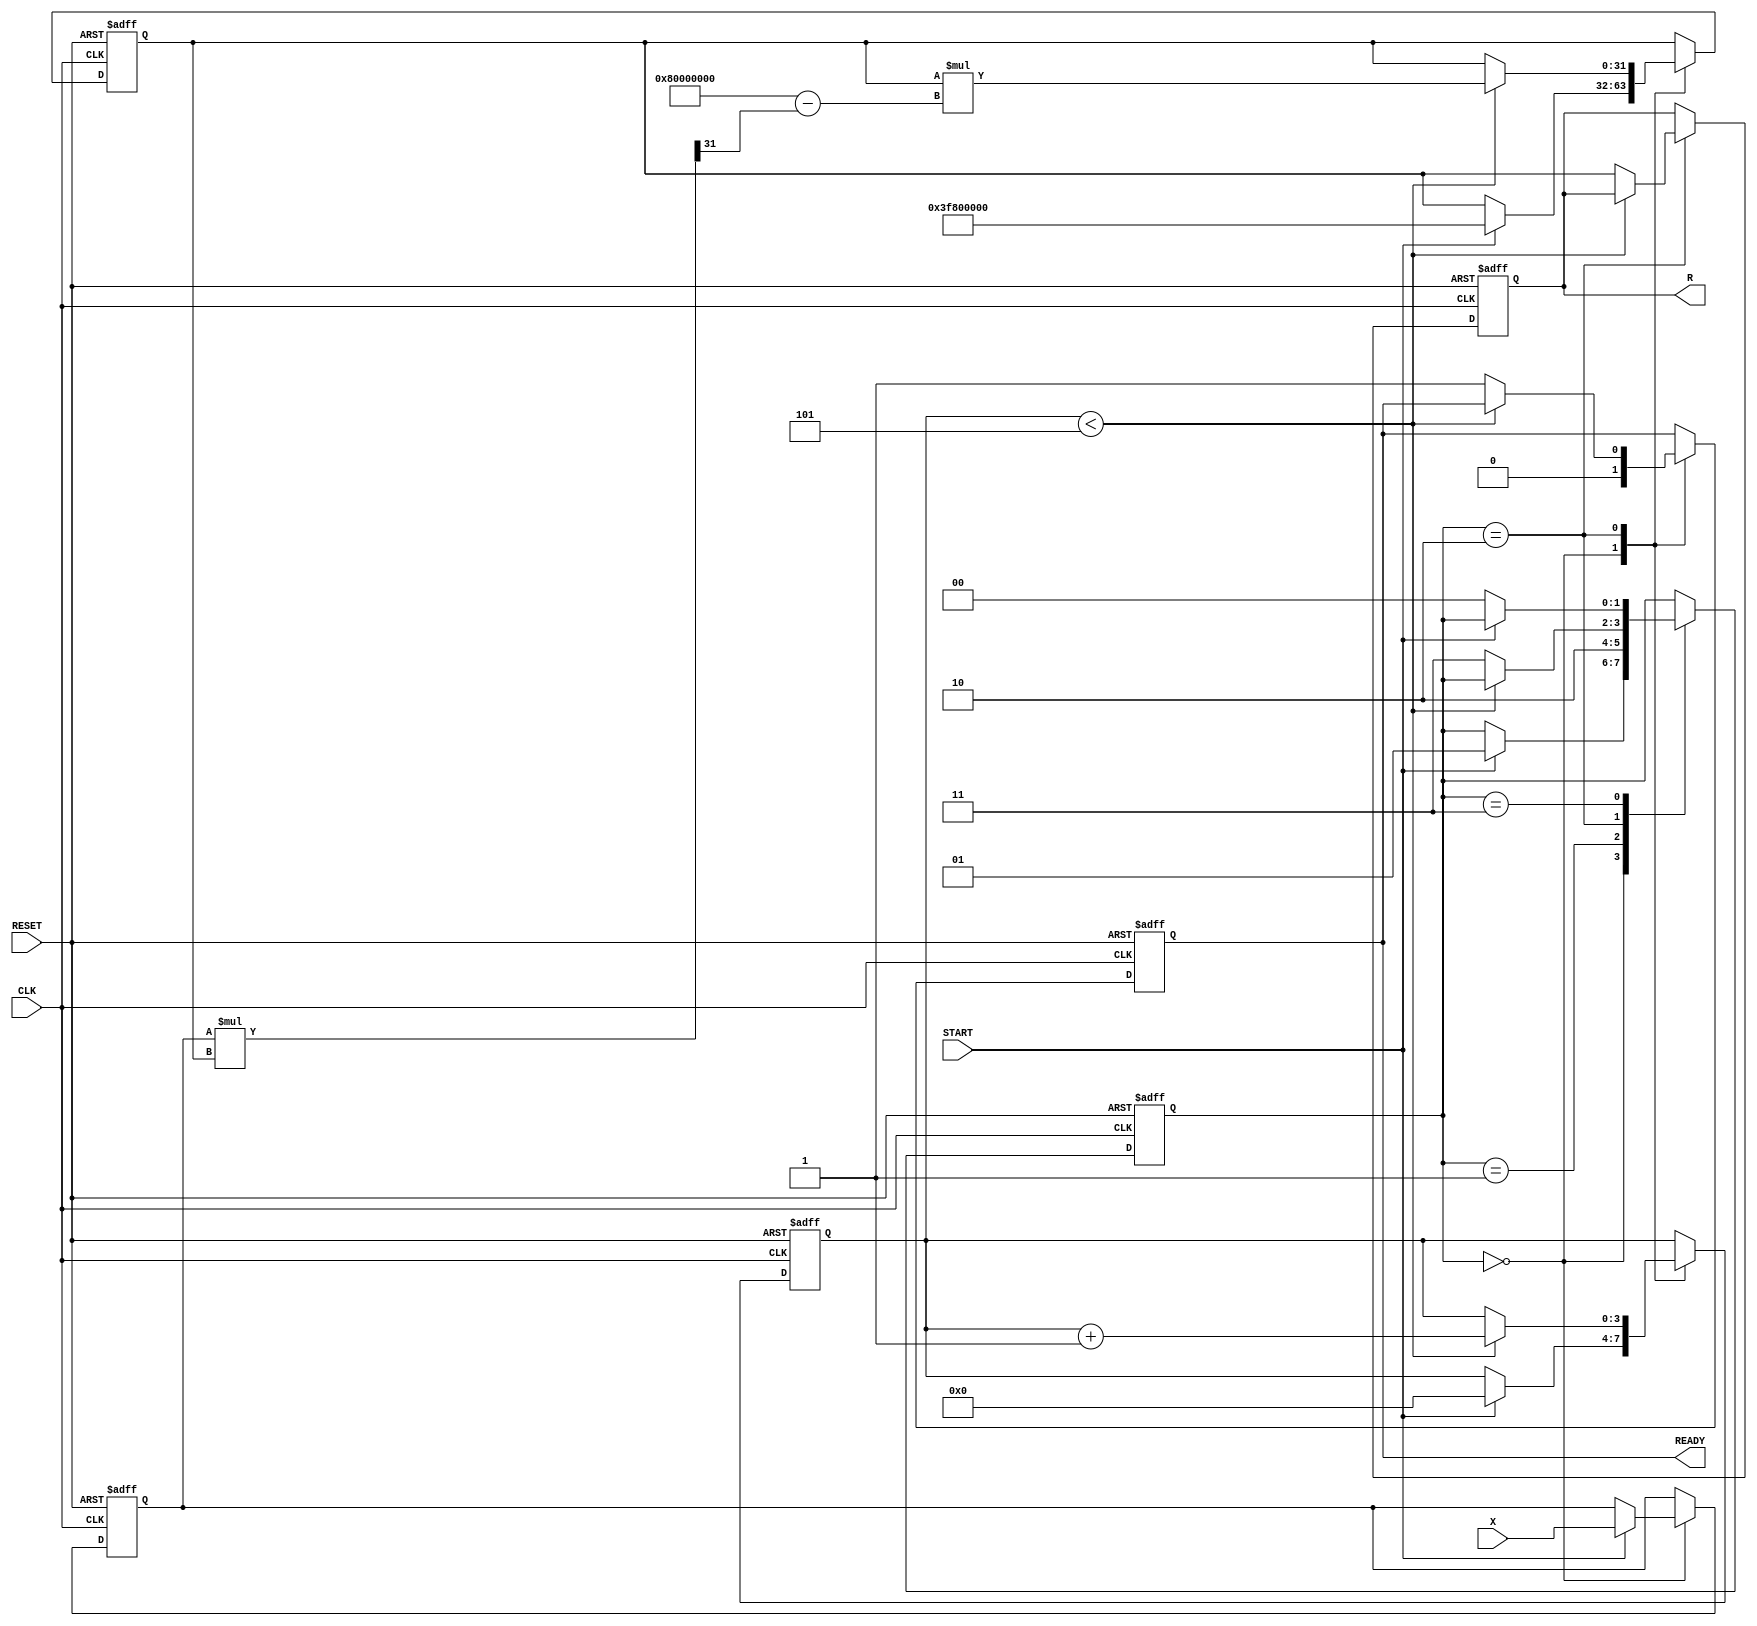
module newton_raphson_reciprocal (
    input wire [31:0] X,         // Input data (fixed-point representation)
    input wire START,            // Start signal
    input wire CLK,              // Clock signal
    input wire RESET,            // Asynchronous reset
    output reg [31:0] R,         // Reciprocal result (fixed-point representation)
    output reg READY             // Ready signal
);

    // Internal registers
    reg [31:0] X_reg;            // Register to hold input value
    reg [31:0] R_reg;            // Register to hold current approximation of the reciprocal
    reg [3:0] iteration_count;   // Counter for iterations
    reg [1:0] state;             // State variable for FSM

    // State encoding
    localparam IDLE = 2'b00;
    localparam INIT = 2'b01;
    localparam ITERATE = 2'b10;
    localparam DONE = 2'b11;

    // Initial guess for R (could be optimized based on expected input range)
    localparam INITIAL_GUESS = 32'h3F800000; // Approximation for 1.0 in fixed-point (1.0 in float)

    // Main process
    always @(posedge CLK or posedge RESET) begin
        if (RESET) begin
            // Reset all registers and output
            X_reg <= 32'b0;
            R_reg <= INITIAL_GUESS;
            iteration_count <= 4'b0;
            R <= 32'b0;
            READY <= 1'b0;
            state <= IDLE;
        end else begin
            case (state)
                IDLE: begin
                    READY <= 1'b0;
                    if (START) begin
                        // Load input and initialize R_reg
                        X_reg <= X;
                        R_reg <= INITIAL_GUESS; // or 32'h3F800000 for 1.0
                        iteration_count <= 4'b0;
                        state <= INIT;
                    end
                end

                INIT: begin
                    // Move to iteration state
                    state <= ITERATE;
                end

                ITERATE: begin
                    if (iteration_count < 4'd5) begin // Fixed number of iterations (5 for example)
                        // Newton-Raphson iteration
                        R_reg <= R_reg * (32'h80000000 - (X_reg * R_reg >> 31)); // R_new = R_old * (2 - X * R_old)
                        iteration_count <= iteration_count + 1;
                    end else begin
                        // Finished iterations
                        R <= R_reg;
                        READY <= 1'b1;
                        state <= DONE;
                    end
                end

                DONE: begin
                    // Stay in DONE state until reset
                    if (!START) begin
                        state <= IDLE; // Go back to IDLE if START is not asserted
                    end
                end

                default: state <= IDLE; // Default to IDLE state
            endcase
        end
    end

endmodule